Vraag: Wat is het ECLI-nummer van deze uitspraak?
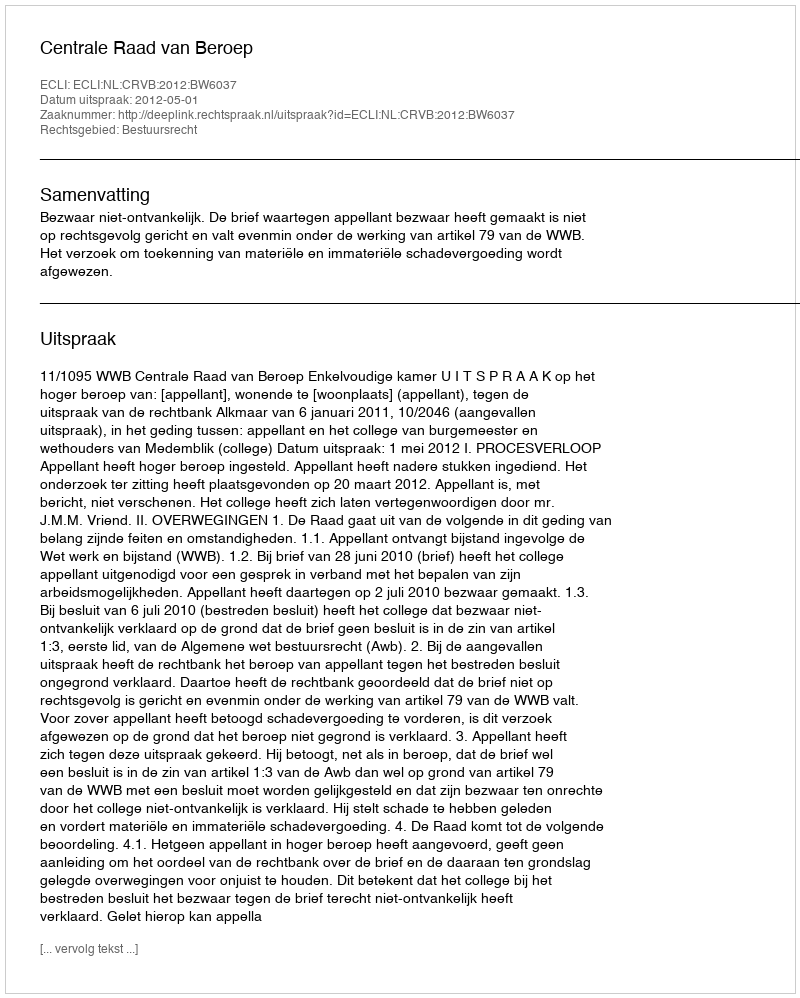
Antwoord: ECLI:NL:CRVB:2012:BW6037